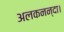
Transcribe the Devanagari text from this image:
अलकनन्दा।